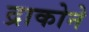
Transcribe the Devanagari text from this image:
द्राकोने